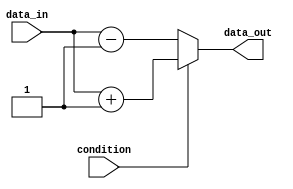
module if_else_example (
    input wire condition,
    input wire data_in,
    output reg data_out
);

always @(*) begin
    if (condition == 1) begin
        // Perform specific action if condition is true
        data_out = data_in + 1;
    end else begin
        // Perform alternative action if condition is false
        data_out = data_in - 1;
    end
end

endmodule